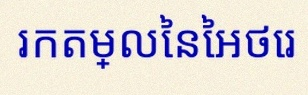
រកតម្លៃនៃអថេរ